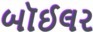
બૉઈલર